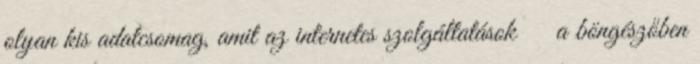
olyan kis adatcsomag, amit az internetes szolgáltatások a böngészőben